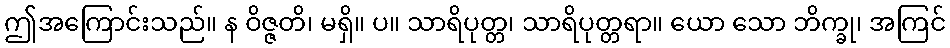
ဤအကြောင်းသည်။ န ဝိဇ္ဇတိ၊ မရှိ။ ပ။ သာရိပုတ္တ၊ သာရိပုတ္တရာ။ ယော သော ဘိက္ခု၊ အကြင်